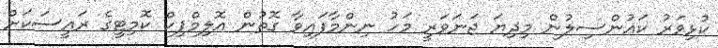
ކުޅިވަރު ކައުންސިލުން މިދިޔަ ޖަނަވަރީ މަހު ނިންމާފައިވާ ގޮތުން އޮލިމްޕިކް ކޮމިޓީގެ ރައީސަކަށް